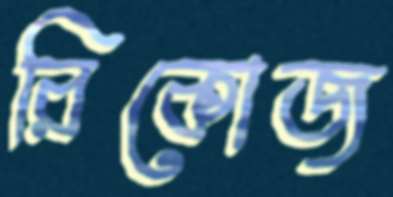
রিকোজ